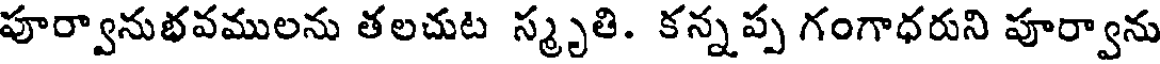
పూర్వానుభవములను తలచుట స్మృతి. కన్నప్ప గంగాధరుని పూర్వాను